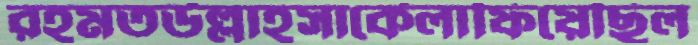
রহমতউল্লাহসার্কেলাফিয়েছিল